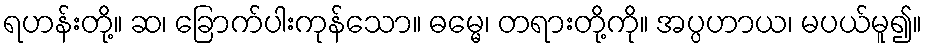
ရဟန်းတို့။ ဆ၊ ခြောက်ပါးကုန်သော။ ဓမ္မေ၊ တရားတို့ကို။ အပ္ပဟာယ၊ မပယ်မူ၍။